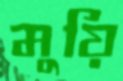
মুয়ি